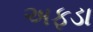
અફડા